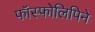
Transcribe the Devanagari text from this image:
फॉस्फोलिपिने